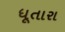
ધૂતારા